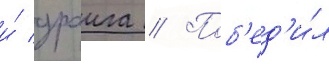
и́ драига // Поб'ед'и́л